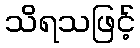
သိရသဖြင့်